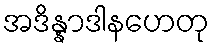
အဒိန္နာဒါနဟေတု